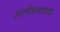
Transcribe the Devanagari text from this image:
आलोचनात्‍क